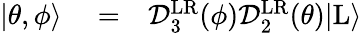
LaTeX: \begin{array}{rlr}{|\theta,\phi\rangle}&{{}=}&{\mathcal{D}_{3}^{\mathrm{LR}}(\phi)\mathcal{D}_{2}^{\mathrm{LR}}(\theta)|\mathrm{L}\rangle}\end{array}